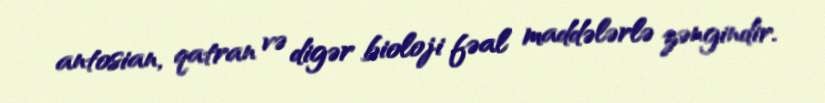
antosian, qatran və digər bioloji fəal maddələrlə zəngindir.